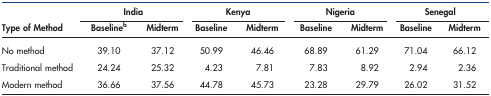
<table><thead><tr><td rowspan="2"><b>Type of Method</b></td><td colspan="2"><b>India</b></td><td colspan="2"><b>Kenya</b></td><td colspan="2"><b>Nigeria</b></td><td colspan="2"><b>Senegal</b></td></tr><tr><td><b>Baselineb</b></td><td><b>Midterm</b></td><td><b>Baseline</b></td><td><b>Midterm</b></td><td><b>Baseline</b></td><td><b>Midterm</b></td><td><b>Baseline</b></td><td><b>Midterm</b></td></tr></thead><tbody><tr><td>No method</td><td>39.10</td><td>37.12</td><td>50.99</td><td>46.46</td><td>68.89</td><td>61.29</td><td>71.04</td><td>66.12</td></tr><tr><td>Traditional method</td><td>24.24</td><td>25.32</td><td>4.23</td><td>7.81</td><td>7.83</td><td>8.92</td><td>2.94</td><td>2.36</td></tr><tr><td>Modern method</td><td>36.66</td><td>37.56</td><td>44.78</td><td>45.73</td><td>23.28</td><td>29.79</td><td>26.02</td><td>31.52</td></tr></tbody></table>